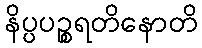
နိပ္ပပဉ္စရတိနောတိ